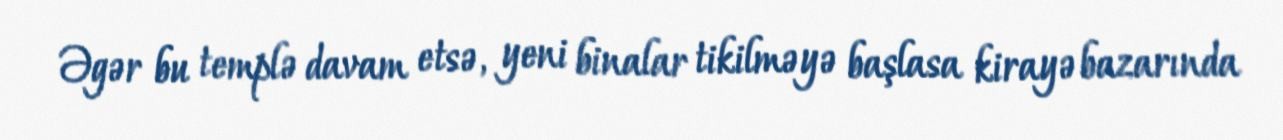
Əgər bu templə davam etsə, yeni binalar tikilməyə başlasa kirayə bazarında